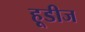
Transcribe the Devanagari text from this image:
हूडीज